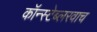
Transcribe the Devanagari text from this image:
कॉन्स्टेब्लरवाच